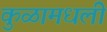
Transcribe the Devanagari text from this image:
कुळामधली